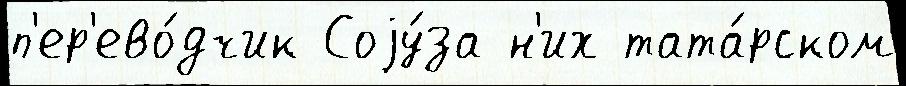
п'ер'ево́дчик Соjу́за н'их тата́рском